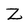
Character: Z